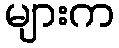
များက